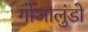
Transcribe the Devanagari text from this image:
गोआलुंडो